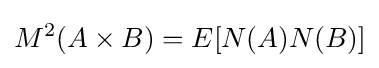
M^{2}(A\times B)=E[{N}(A){N}(B)]